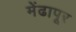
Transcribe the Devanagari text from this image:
मेंढापूर